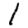
Digit: 1